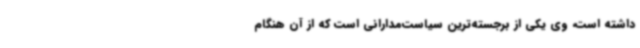
داشته است، وی یکی از برجسته‌ترین سیاست‌مدارانی است که از آن هنگام